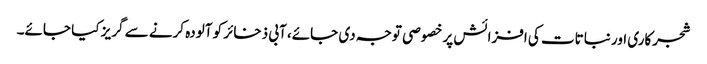
شجرکاری اور نباتات کی افزائش پر خصوصی توجہ دی جائے، آبی ذخائر کو آلودہ کرنے سے گریز کیا جائے۔